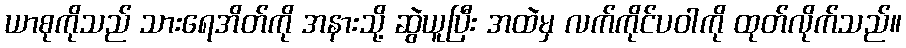
ယာစုကိုသည် သားရေအိတ်ကို အနားသို့ ဆွဲယူပြီး အထဲမှ လက်ကိုင်ပဝါကို ထုတ်လိုက်သည်။